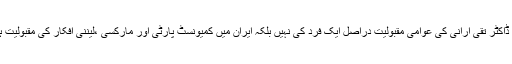
وہ اس امر پر بھی بخوبی وارد تھا کہ ڈاکٹر تقی ارانی کی عوامی مقبولیت دراصل ایک فرد کی نہیں بلکہ ایران میں کمیونسٹ پارٹی اور مارکسی ،لیننی افکار کی مقبولیت ہے جس کا بروقت انسداد ناگزیر ہے ۔